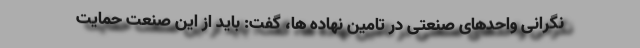
نگرانی واحد‌های صنعتی در تامین نهاده ها، گفت: باید از این صنعت حمایت